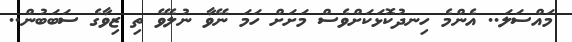
މައްސަލަ.. އެންމެ ހިނދުކޮޅަކަށްވެސް މަށަށް ހަމަ ނޭވާ ނުލެވޭ ތި ޒިވާގެ ސަބަބުން..